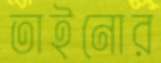
তাইনোর